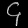
Digit: ၄